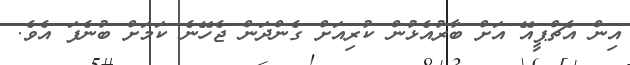
އިން އެޗްޕީއޭ އަށް ބާރުއެޅުން ކުރިއަށް ގެންދަން ޖެހޭނެ ކަމަށް ބުނެފަ އެވެ.